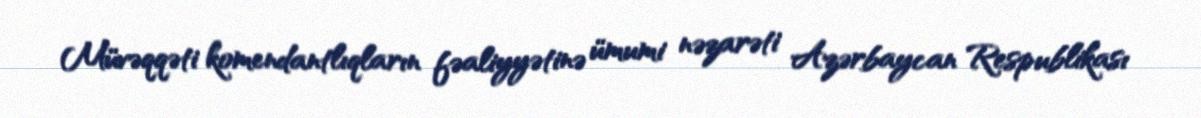
Müvəqqəti komendantlıqların fəaliyyətinə ümumi nəzarəti Azərbaycan Respublikası